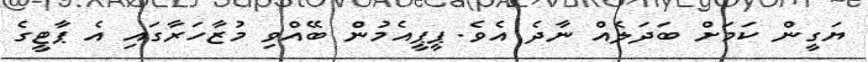
ޔަގީން ކަމަށް ބަދަލެއް ނާދެ އެވެ. ޕީޕީއެމުން ބޭއްވި މުޒާހަރާގައި އެ ޕާޓީގެ